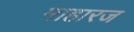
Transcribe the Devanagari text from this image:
माहारज